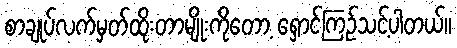
စာချုပ်လက်မှတ်ထိုးတာမျိုးကိုတော့ ရှောင်ကြဉ်သင့်ပါတယ်။